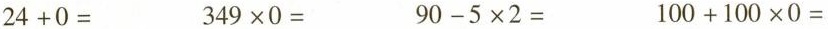
$$2 4 +0 =$$ $$3 4 9 \times 0 =$$ $$9 0 - 5 \times 2 =$$ $$1 0 0 + 1 0 0 \times 0 =$$